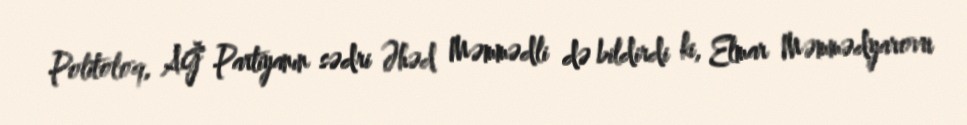
Politoloq, AĞ Partiyanın sədri Əhəd Məmmədli də bildirdi ki, Elmar Məmmədyarovu